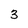
Character: 3